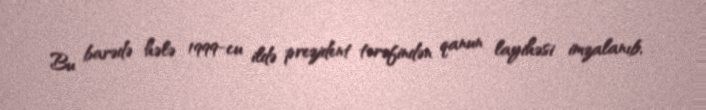
Bu barədə hələ 1999-cu ildə prezident tərəfindən qanun layihəsi imzalanıb,